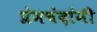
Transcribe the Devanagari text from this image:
प्रेमचंदांनी